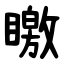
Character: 䁶